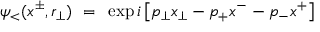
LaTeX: \psi _ { < } ( x ^ { \pm } , r _ { \perp } ) ~ = ~ \exp i \left[ p _ { \perp } x _ { \perp } - p _ { + } x ^ { - } - p _ { - } x ^ { + } \right]